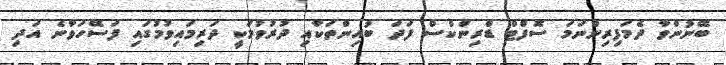
ބޭނުންވާ ދެމަފިރިންނަމަ ސޮފްޓް ޑްރިންކްސް ފަދަ ބުއިންތަކާއި ދުރުވުމަކީ ދަރިމައިވުމުގައި ފަސޭހަވާނެ އަދި